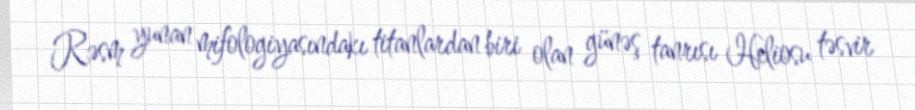
Rəsm yunan mifologiyasındakı titanlardan biri olan günəş tanrısı Heliosu təsvir